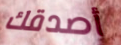
أصدقك